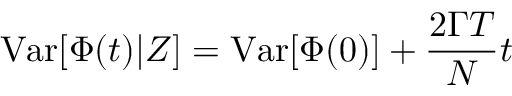
\mathrm { { V a r } } [ \Phi ( t ) | Z ] = \mathrm { { V a r } } [ \Phi ( 0 ) ] + \frac { 2 \Gamma T } { N } t